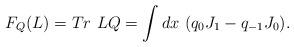
LaTeX: \begin{align*}F_{Q}(L) = Tr {~} LQ = \int dx {~} (q_{0}J_{1} - q_{-1}J_{0}).\end{align*}